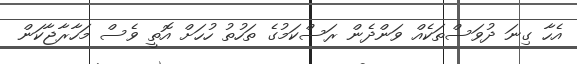
އެހާ ގިނަ ދުވަސްތަކެއް ވަންދެން ރަސްކަމުގެ ތަހުތު ހުހަށް އޮތީ ވެސް މަހާރާޖާކަން